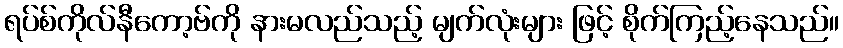
ရပ်စ်ကိုလ်နီကော့ဗ်ကို နားမလည်သည့် မျက်လုံးများ ဖြင့် စိုက်ကြည့်နေသည်။